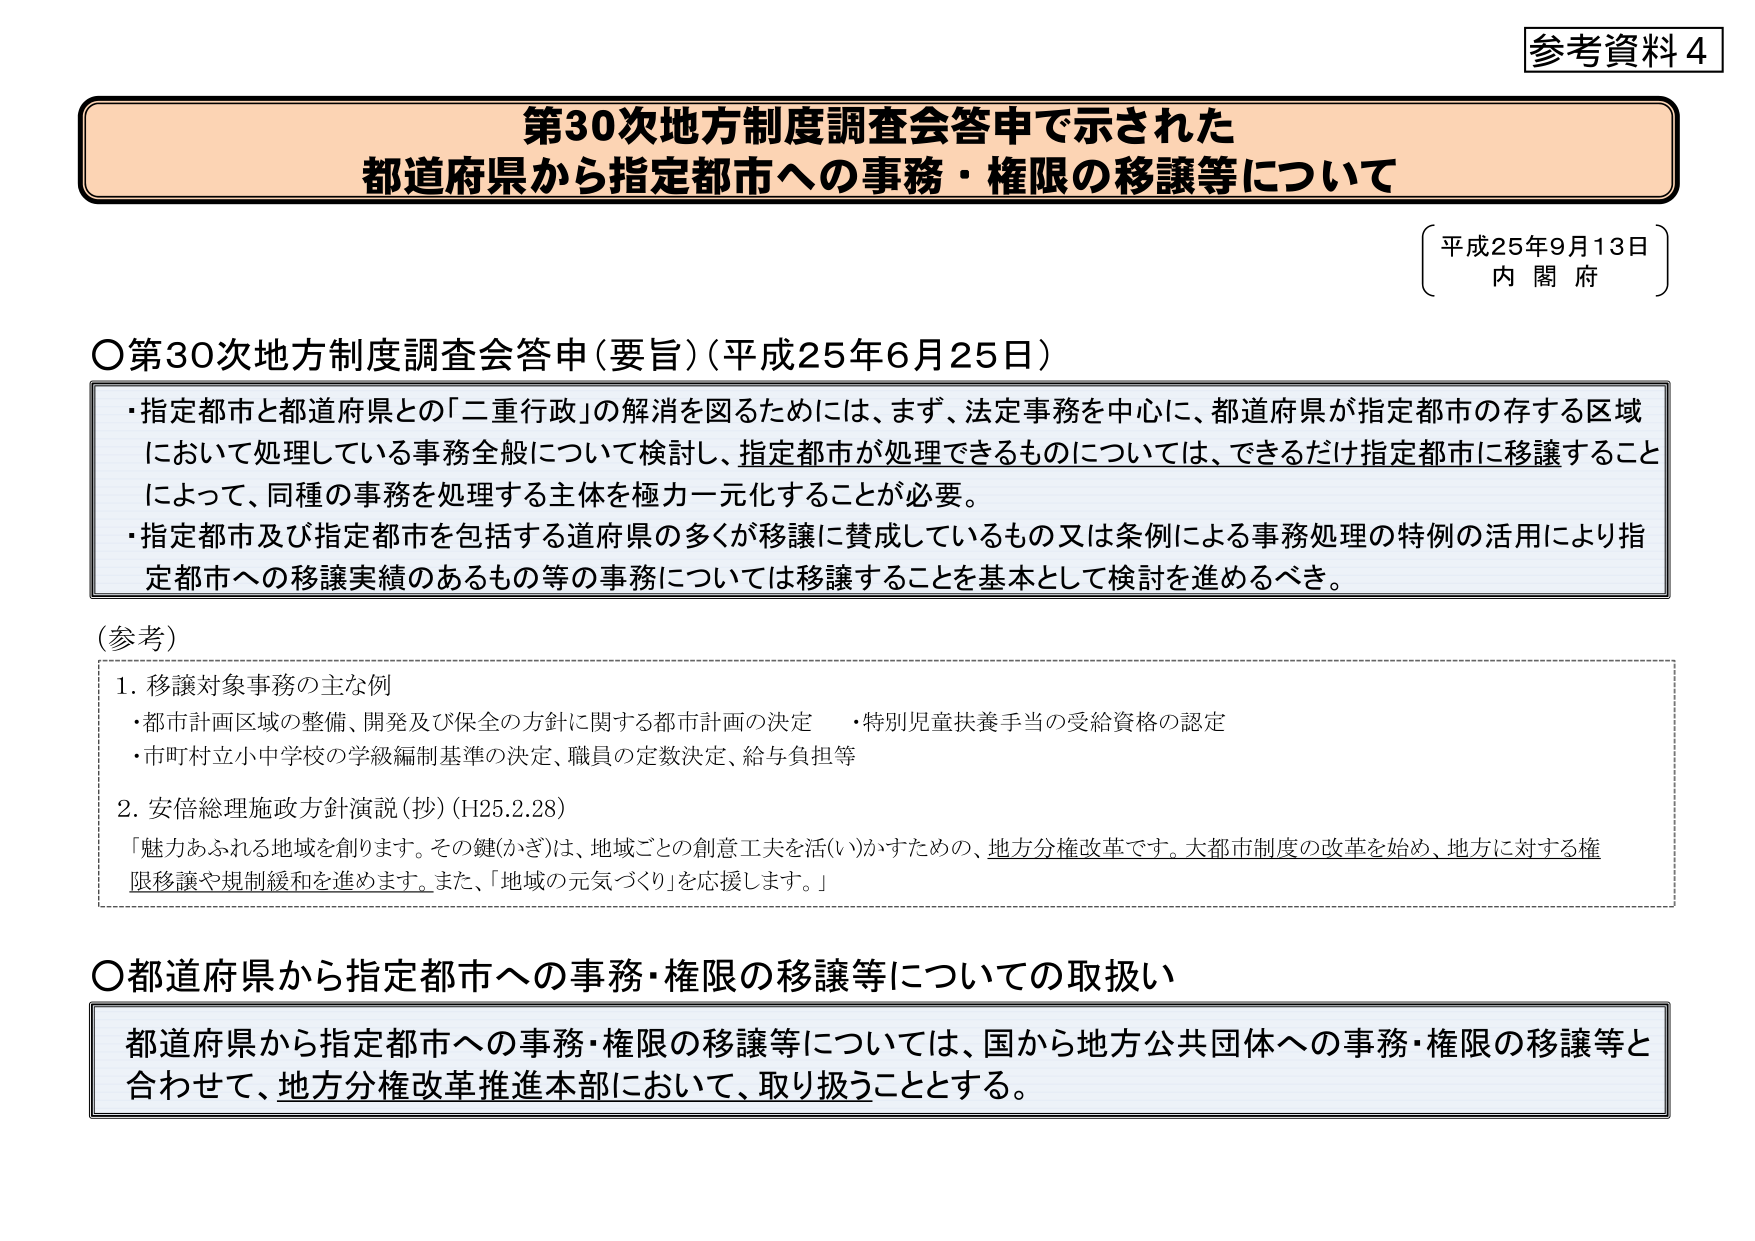
参考資料４

第30次地方制度調査会答申で示された
都道府県から指定都市への事務・権限の移譲等について

平成25年9月13日
内閣府

○第30次地方制度調査会答申（要旨）（平成25年6月25日）
・指定都市と都道府県との「二重行政」の解消を図るためには、まず、法定事務を中心に、都道府県が指定都市の存する区域において処理している事務全般について検討し、指定都市が処理できるものについては、できるだけ指定都市に移譲することによって、同種の事務を処理する主体を極力一元化することが必要。
・指定都市及び指定都市を包括する道府県の多くが移譲に賛成しているもの又は条例による事務処理の特例の活用により指定都市への移譲実績のあるもの等の事務については移譲することを基本として検討を進めるべき。

（参考）
1. 移譲対象事務の主な例
・都市計画区域の整備、開発及び保全の方針に関する都市計画の決定
・特別児童扶養手当の受給資格の認定
・市町村立小中学校の学級編制基準の決定、職員の定数決定、給与負担等

2. 安倍総理施政方針演説（抄）（H25.2.28）
「魅力あふれる地域を創ります。その鍵（かぎ）は、地域ごとの創意工夫を活（い）かすための、地方分権改革です。大都市制度の改革を始め、地方に対する権限移譲や規制緩和を進めます。また、「地域の元気づくり」を応援します。」

○都道府県から指定都市への事務・権限の移譲等についての取扱い
都道府県から指定都市への事務・権限の移譲等については、国から地方公共団体への事務・権限の移譲等と合わせて、地方分権改革推進本部において、取り扱うこととする。